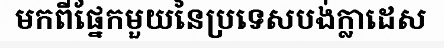
មកពីផ្នែកមួយនៃប្រទេសបង់ក្លាដេស